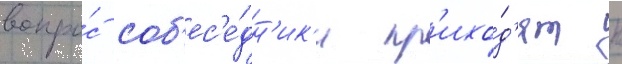
вопро́с соб'ес'е́дн'ик'и пр'ихо́д'ят к